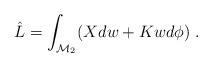
LaTeX: \begin{align*}\hat{L} = \int_{\mathcal{M}_2} (X dw + Kw d \phi )\; .\end{align*}